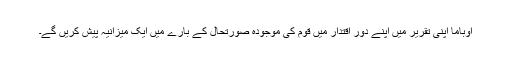
اوباما اپنی تقریر میں اپنے دورِ اقتدار میں قوم کی موجودہ صورتحال کے بارے میں ایک میزانیہ پیش کریں گے۔